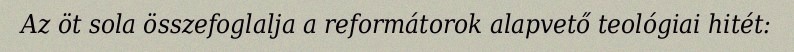
Az öt sola összefoglalja a reformátorok alapvető teológiai hitét: